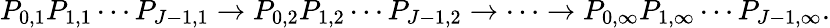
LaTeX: P_{0,1}P_{1,1}\cdots P_{J-1,1}\rightarrow P_{0,2}P_{1,2}\cdots P_{J-1,2}\rightarrow\cdots\rightarrow P_{0,\infty}P_{1,\infty}\cdots P_{J-1,\infty}.